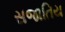
સજાતિય